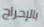
بالإحراج